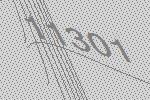
11301